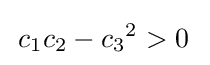
\,c_{1}c_{2}-{c_{3}}^{2}>0\;